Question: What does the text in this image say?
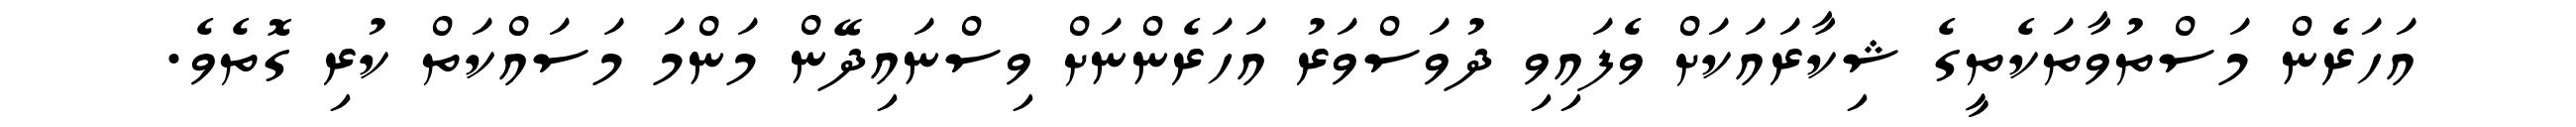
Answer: އަހަރެން މަސްތުވާތަކެތީގެ ޝިކާރައަކަށް ވެފައިވި ދުވަސްވަރު އަހަރެންނަށް ވިސްނައިދޭން މަންމަ މަސައްކަތް ކުރި ގޮތެވެ.